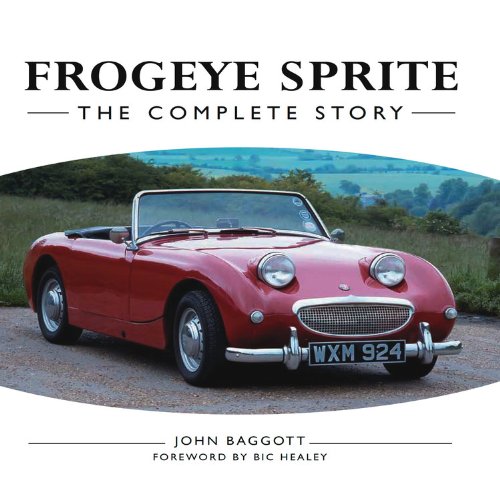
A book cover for Frogeye Sprite: The Complete Story; John Baggott; Business & Money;